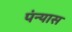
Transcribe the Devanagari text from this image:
पंन्यास